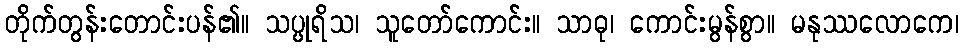
တိုက်တွန်းတောင်းပန်၏။ သပ္ပုရိသ၊ သူတော်ကောင်း။ သာဓု၊ ကောင်းမွန်စွာ။ မနုဿလောကေ၊